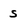
Character: S